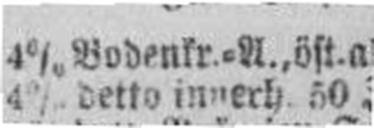
4% detto innerh. 50 J. verl. ö. W.